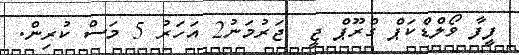
ފީފާ ވޯލްޑްކަޕް ގްރޫޕް ޖީ  ޖަރުމަނު2 އަހަރު 5 މަސް ކުރިން.